65_HS1-834228961_62-HQ-83894_Section_3
Agency: FBI
Page 45
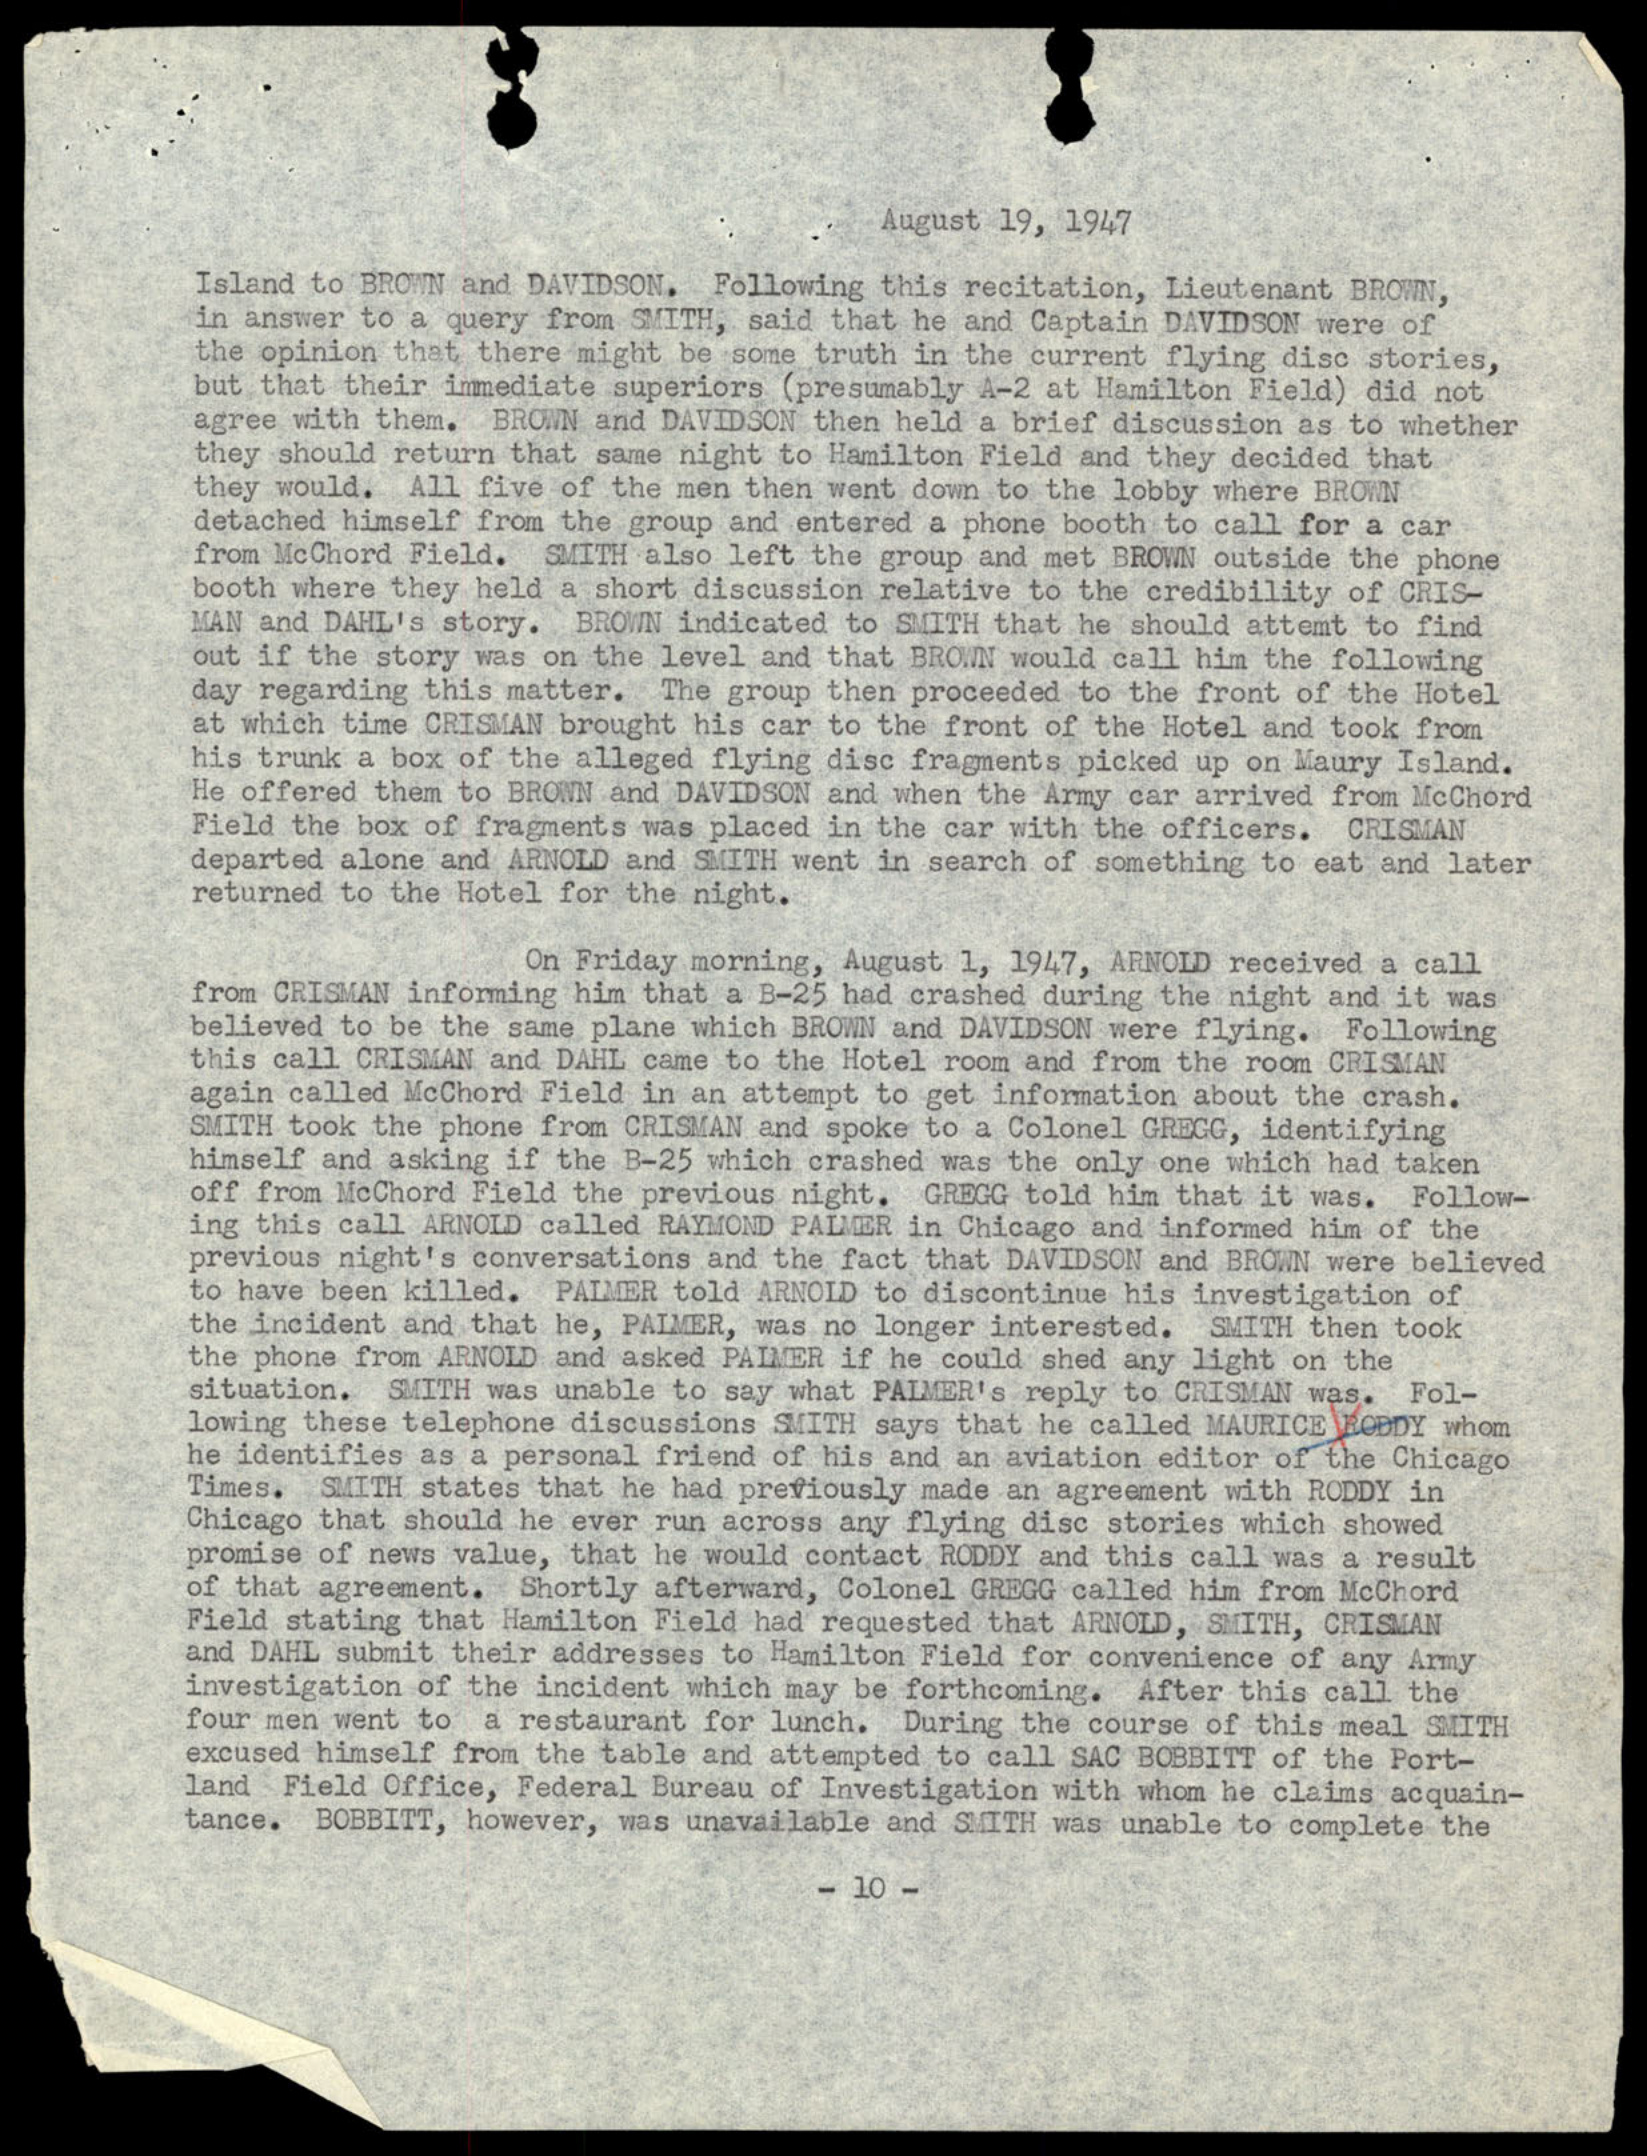